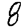
Digit: 8